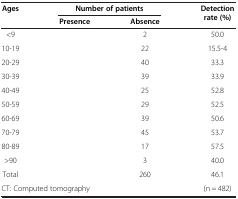
<table><thead><tr><td><b>Ages</b></td><td colspan="2"><b>Number of patients</b></td><td><b>Detection rate (%)</b></td></tr><tr><td>[EMPTY_CELL]</td><td><b>Presence</b></td><td><b>Absence</b></td><td>[EMPTY_CELL]</td></tr></thead><tbody><tr><td>&lt;9</td><td>[EMPTY_CELL]</td><td>2</td><td>50.0</td></tr><tr><td>10-19</td><td>[EMPTY_CELL]</td><td>22</td><td>15.5-4</td></tr><tr><td>20-29</td><td>[EMPTY_CELL]</td><td>40</td><td>33.3</td></tr><tr><td>30-39</td><td>[EMPTY_CELL]</td><td>39</td><td>33.9</td></tr><tr><td>40-49</td><td>[EMPTY_CELL]</td><td>25</td><td>52.8</td></tr><tr><td>50-59</td><td>[EMPTY_CELL]</td><td>29</td><td>52.5</td></tr><tr><td>60-69</td><td>[EMPTY_CELL]</td><td>39</td><td>50.6</td></tr><tr><td>70-79</td><td>[EMPTY_CELL]</td><td>45</td><td>53.7</td></tr><tr><td>80-89</td><td>[EMPTY_CELL]</td><td>17</td><td>57.5</td></tr><tr><td>&gt;90</td><td>[EMPTY_CELL]</td><td>3</td><td>40.0</td></tr><tr><td>Total</td><td>[EMPTY_CELL]</td><td>260</td><td>46.1</td></tr><tr><td colspan="3">CT: Computed tomography</td><td>(n = 482)</td></tr></tbody></table>